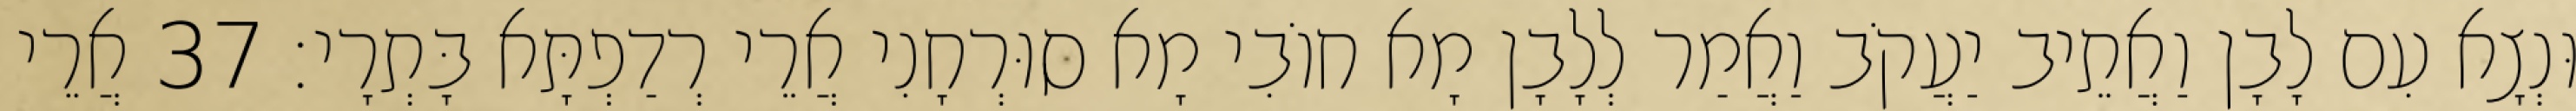
וּנְצָא עִם לָבָן וַאֲתֵיב יַעֲקֹב וַאֲמַר לְלָבָן מָא חוֹבִי מָא סוּרְחָנִי אֲרֵי רְדַפְתָּא בָּתְרָי׃ 37 אֲרֵי